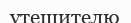
утешителю